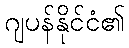
ဂျပန်နိုင်ငံ၏